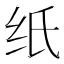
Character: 纸